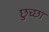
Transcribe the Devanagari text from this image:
छुच्छा